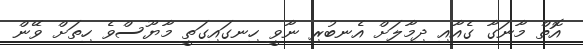
އޮތް މާނަގާ ގެއާއި ދިމާލަށް އެނބުރި ނާވީ ހިނގައިގަތީ މާޔޫސްވެ ހިތަށް ވޭން